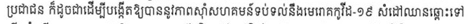
ប្រជាជន ក៏ដូចជាដើម្បីបង្កើតឱ្យបាននូវភាពសុំាសហគមន៏ទប់ទល់នឹងមេរោគកូវីដ-១៩ សំដៅឈានឆ្ពោះទៅ